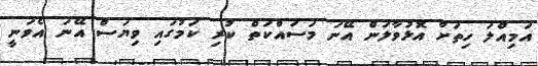
އަމިއްލަ ހިތަށް އޮޅުވާލަން އޭނަ މަސައްކަތް ކުރި ކަމުގައި ވިޔަސް އޭނަ އެވަނީ